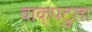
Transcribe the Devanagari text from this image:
वाक्‌पटुता